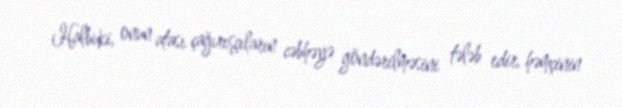
Halbuki, onun atası çağırışçıların cəbhəyə göndərilməsini tələb edir, həmçinin